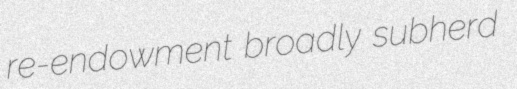
re-endowment broadly subherd